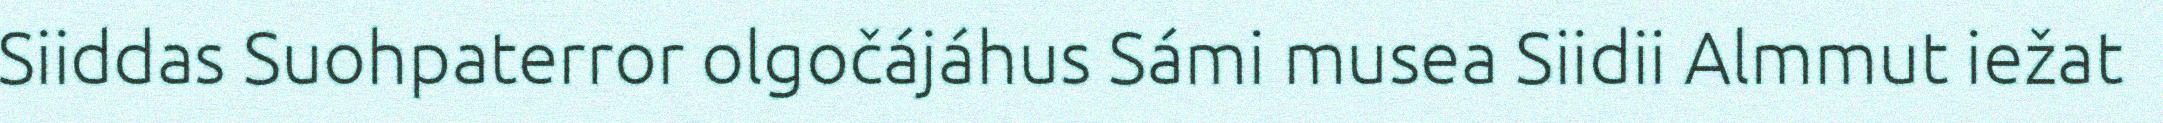
Siiddas Suohpaterror olgočájáhus Sámi musea Siidii Almmut iežat